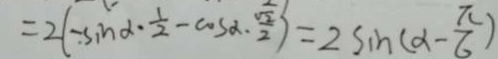
= 2 ( - \sin \alpha \cdot \frac { 1 } { 2 } - \cos \alpha \cdot \frac { \sqrt { 2 } } { 2 } ) = 2 \sin ( \alpha - \frac { \pi } { 6 } )